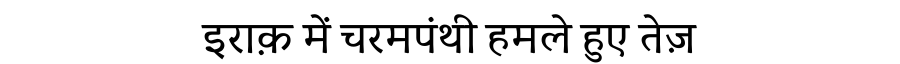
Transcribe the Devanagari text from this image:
इराक़ में चरमपंथी हमले हुए तेज़